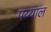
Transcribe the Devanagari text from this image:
पय्याल